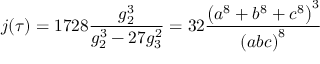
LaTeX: j ( \tau ) = 1 7 2 8 { \frac { g _ { 2 } ^ { 3 } } { g _ { 2 } ^ { 3 } - 2 7 g _ { 3 } ^ { 2 } } } = 3 2 { \frac { \left( a ^ { 8 } + b ^ { 8 } + c ^ { 8 } \right) ^ { 3 } } { \left( a b c \right) ^ { 8 } } }